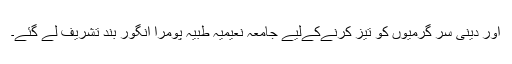
اور دینی سر گرمیوں کو تیز کرنےکےلیے جامعہ نعیمیہ طبیہ پومرا انگور بند تشریف لے گئے۔